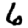
Digit: 6